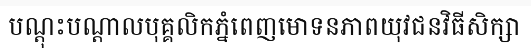
បណ្តុះបណ្តាលបុគ្គលិកភ្នំពេញមោទនភាពយុវជនវិធីសិក្សា